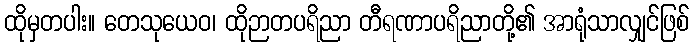
ထိုမှတပါး။ တေသုယေဝ၊ ထိုဉာတပရိညာ တီရဏာပရိညာတို့၏ အာရုံသာလျှင်ဖြစ်